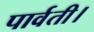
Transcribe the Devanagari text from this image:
पार्वती।